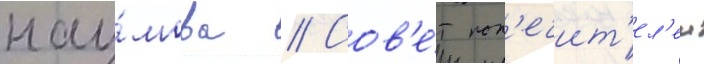
нау́мова // Сов'е́т поп'ечит'ел'еи